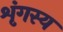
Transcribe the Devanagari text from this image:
शृंगस्य